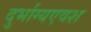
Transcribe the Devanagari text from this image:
दुर्भाग्यएवश